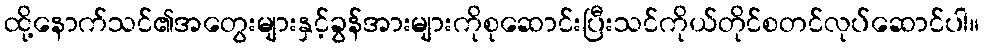
ထို့နောက်သင်၏အတွေးများနှင့်ခွန်အားများကိုစုဆောင်းပြီးသင်ကိုယ်တိုင်စတင်လုပ်ဆောင်ပါ။